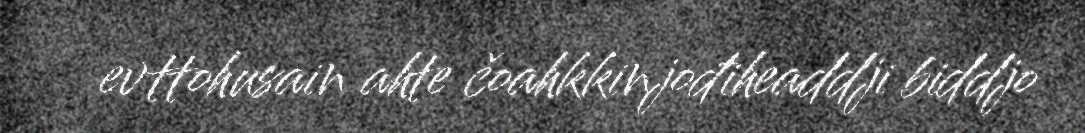
evttohusain ahte čoahkkinjođiheaddji biddjo